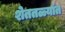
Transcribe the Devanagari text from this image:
शेततळ्यांत